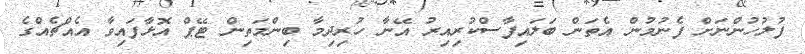
ފުލުހުންނަށް ފެނުމުން އެތަން ބަލައިފާސްކުރިއިރު އޭނާ ހުރިދިމާ ބިންމަތިން ޓޭޕް އޮޅާފައިވާ އެއްޗެއްގެ